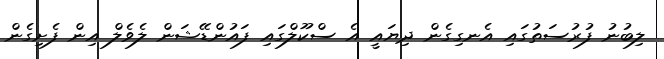
ލިބުނު ފުރުސަތުގައި އެނގިގެން ދިޔައީ އެ ސްކޫލްގައި ފައުންޑޭޝަން ލެވެލް އިން ފެށިގެން